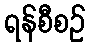
ရန်စီစဉ်